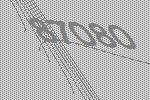
87080